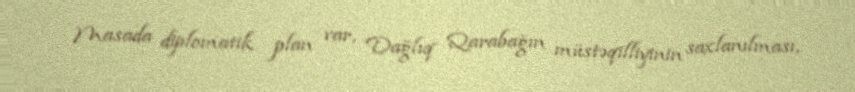
Masada diplomatik plan var, Dağlıq Qarabağın müstəqilliyinin saxlanılması,